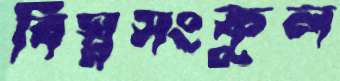
বিঘ্নসংকুল